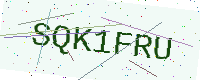
Text: SQK1FRU